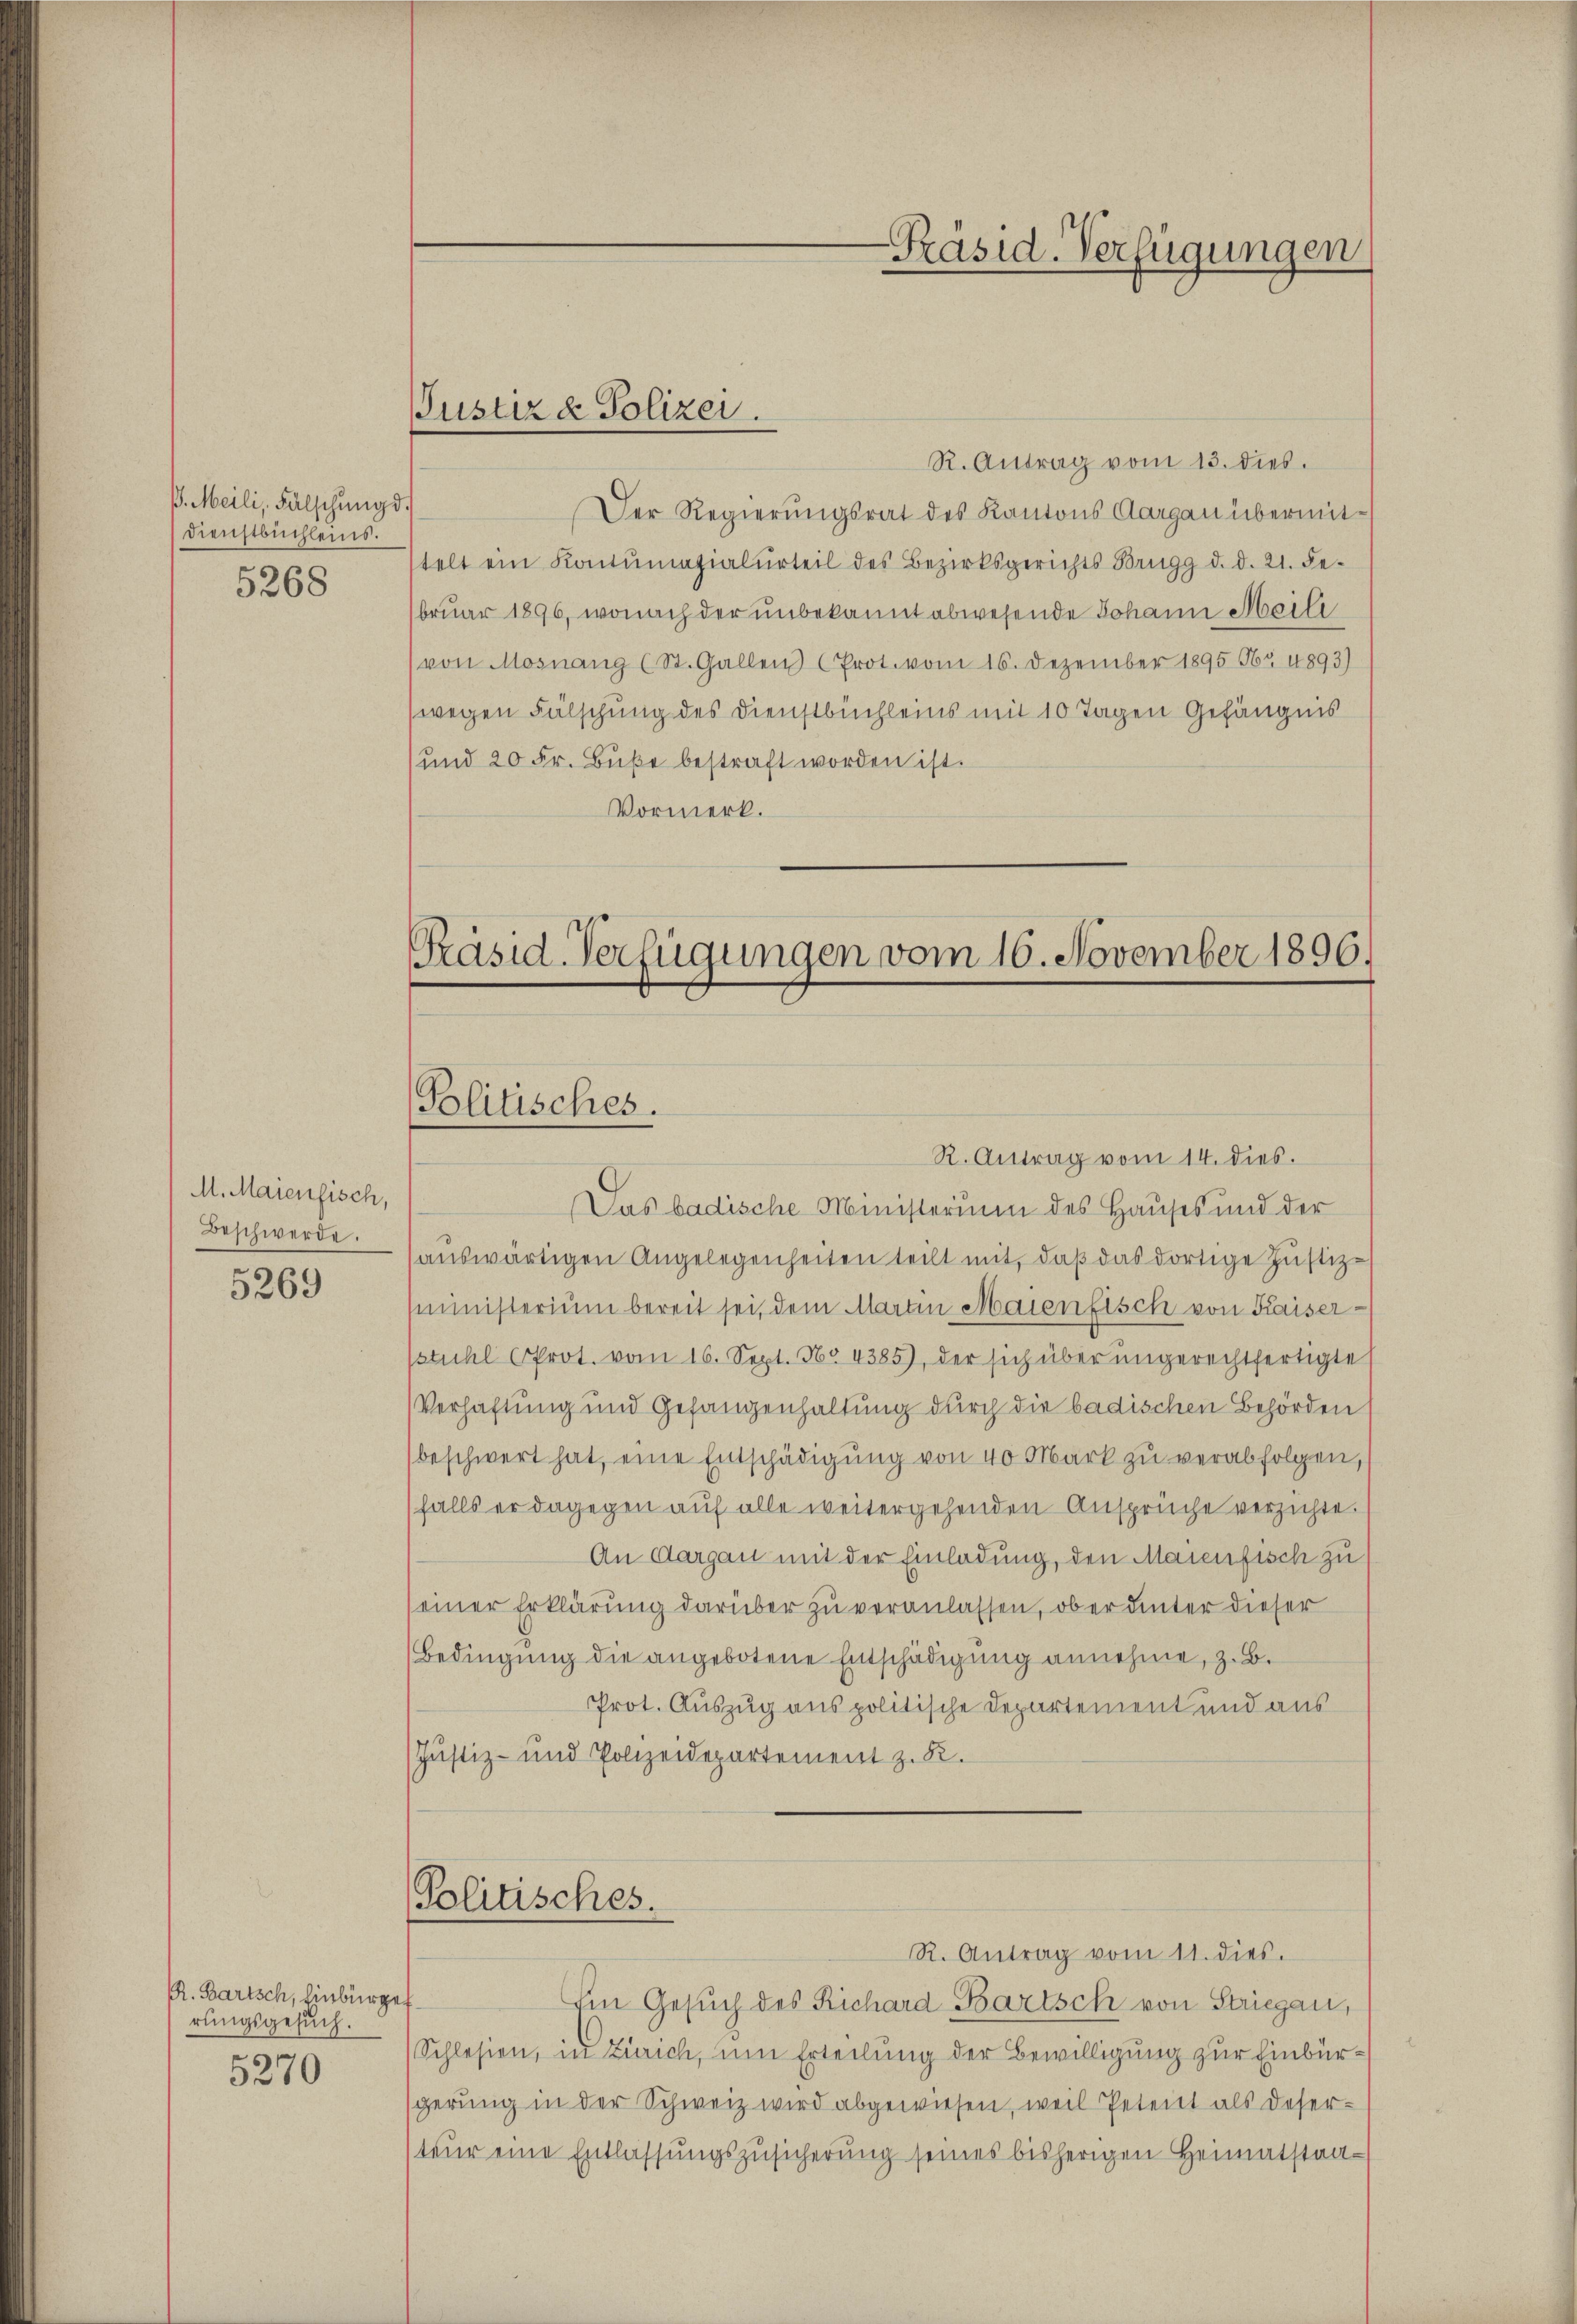
B. Meili, Fälschung d.
Dienstbuchleins.
5268

M. Maienfisch,
Beschwerde.

5269

RR. Bartsch, Einburg,
rungsgesuch.
5270

Justiz & Polizei.

Präsid-Verfügungen

R. Antrag vom 13. dies.
Der Regierungsrat des Kantons Aargau übermittelt ein Kontumazialurteil des Bezirksgerichts Brugg d. d. 21. Fe
bruar 1896, wonach der unbekannt abwesende Johann Meili
von Mosnang (St. Gallen (Prot. vom 16. Dezember 1895 565 1893)
(wegen Fälschung des Dienstbüchleins mit 10 Tagen Gefängnis
und 20 Fr. Buße bestraft worden ist.
Vormerk.

Präsid-Verfügungen vom 16. November 1896.
Politisches.

Politisches.

R. Antrag vom 14. dies.
Das badische Ministerium des Hauses und der
auswärtigen Angelegenheiten teilt mit, daß das dortige Justizsministerium bereit sei, dem Martin Maienfisch von Kaiserstuhl Prot. vom 16. Sept. No 4385), der sich über ungerechtfertigte
Verhaftung und Gefangenhaltung durch die badischen Behörden
beschwert hat, eine Entschädigung von 40 Mark zu verabfolgen,
falls er dagegen auf alle weitergehenden Ansprüche verzichte.
An Aargau mit der Einladung, den Maienfisch zu
einer Erklärung darüber zu veranlassen, ob er hinter dieser
Bedingung die angebotene Entschädigung annehme, z. B.
Prot. Auszug aus politische Departement und aus
Justiz- und Polizeidepartement z. B.

¬
Im Gesuch des Richard Bartsch von Striegen,
Schlesien, in Zürich, um Erteilung der Bewilligung zur Einbürsgerung in der Schweiz wird abgewiesen, weil Petent als Deser-
teŭr eine Entlassŭngszusicherung seines bisherigen Heimatstra¬

R. Antrag vom 11. dies.